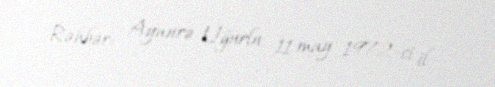
Rəhbər: Aynurə Uğurlu, 11 may 1972-ci il